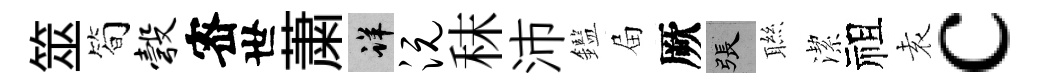
筮简彀宻世䔥详沅秣沛鑑屇厥張聮潔祖𡊮c